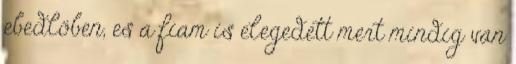
ebedlöben, es a fiam is elegedett mert mindig van